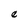
Character: e